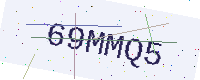
Text: 69MMQ5